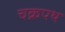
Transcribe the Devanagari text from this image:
चक्रपथ